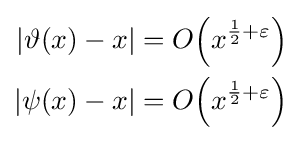
{\begin{aligned}|\vartheta (x)-x|&=O{\Big (}x^{{\frac {1}{2}}+\varepsilon }{\Big )}\\|\psi (x)-x|&=O{\Big (}x^{{\frac {1}{2}}+\varepsilon }{\Big )}\end{aligned}}